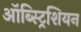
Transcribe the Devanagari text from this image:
ऑब्स्ट्रिशियन